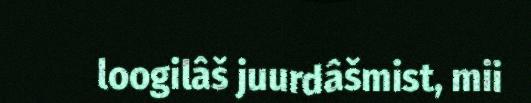
loogilâš juurdâšmist, mii